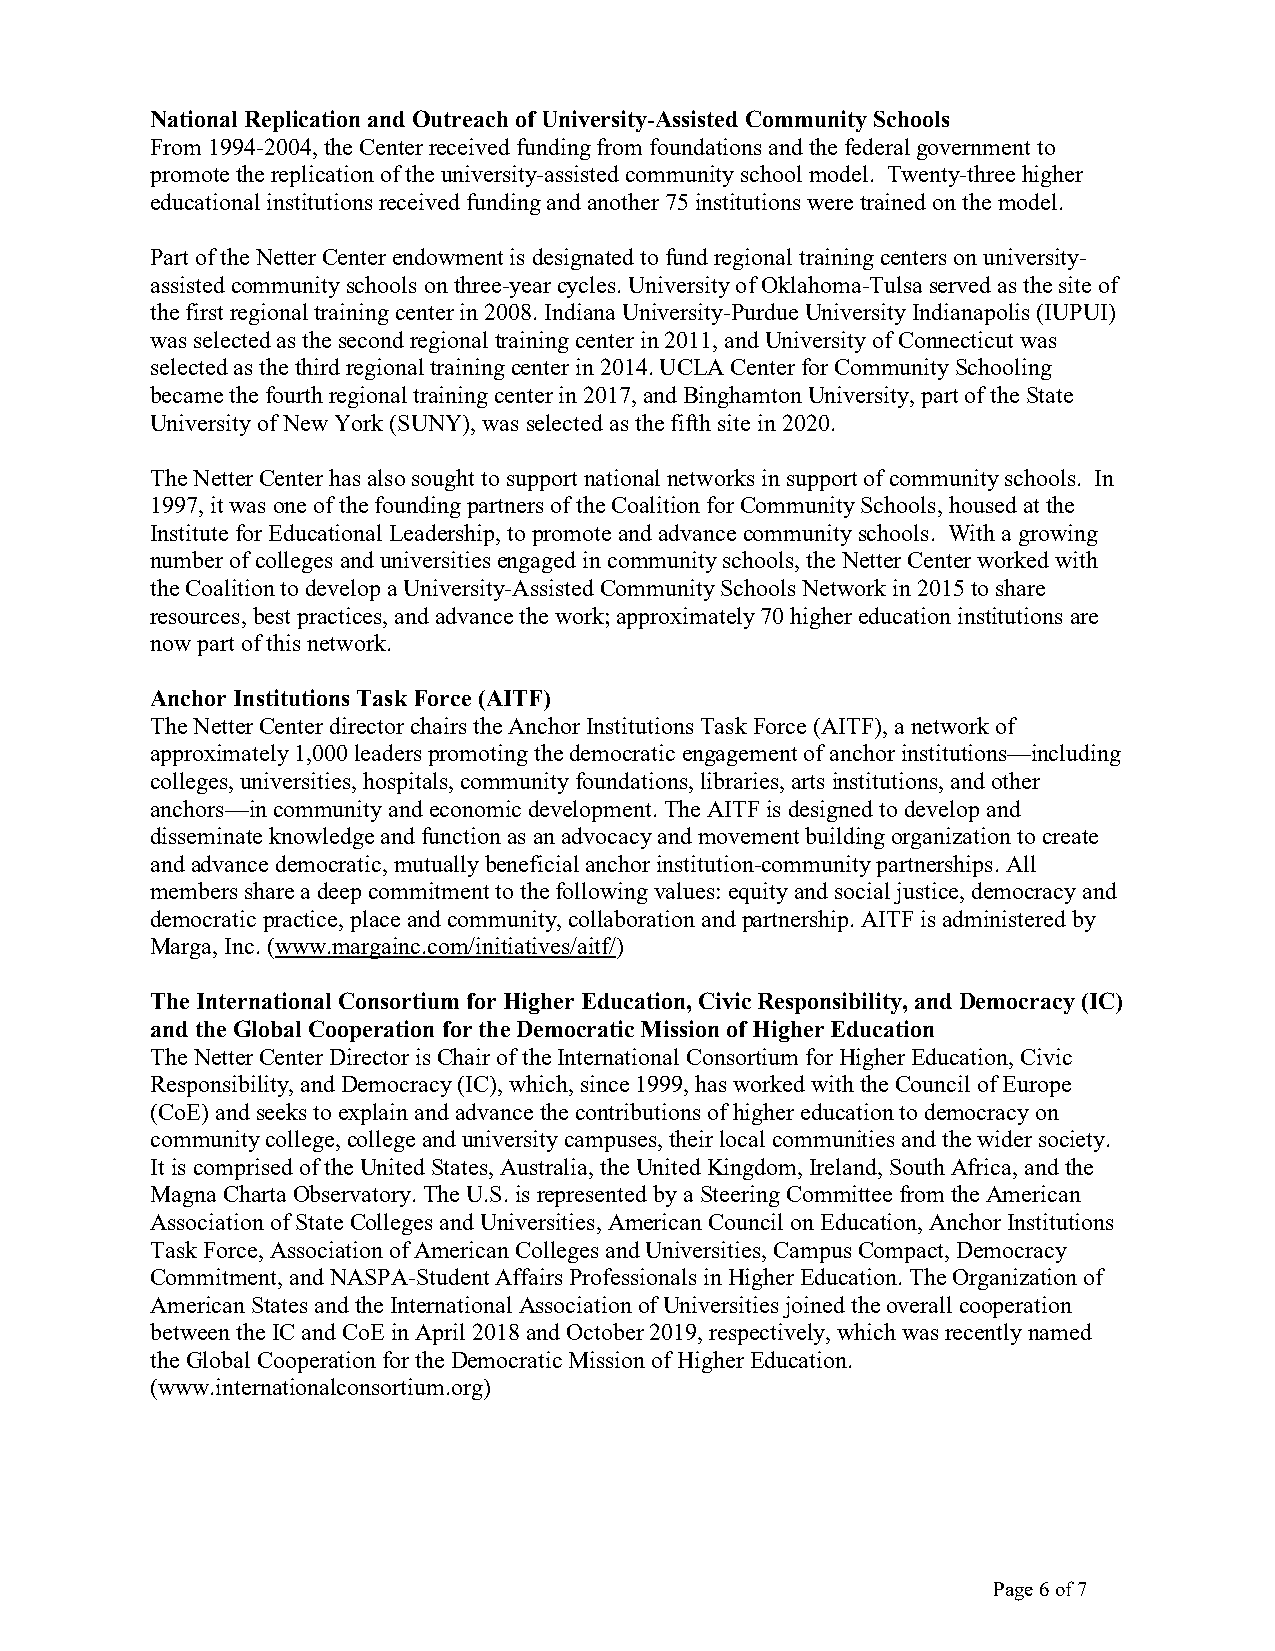
National Replication and Outreach of University-Assisted Community Schools
 From 1994-2004, the Center received funding from foundations and the federal government to
 promote the replication of the university-assisted community school model. Twenty-three higher
 educational institutions received funding and another 75 institutions were trained on the model.
 Part of the Netter Center endowment is designated to fund regional training centers on university-
 assisted community schools on three-year cycles. University of Oklahoma-Tulsa served as the site of
 the first regional training center in 2008. Indiana University-Purdue University Indianapolis (IUPUI)
 was selected as the second regional training center in 2011, and University of Connecticut was
 selected as the third regional training center in 2014. UCLA Center for Community Schooling
 became the fourth regional training center in 2017, and Binghamton University, part of the State
 University of New York (SUNY), was selected as the fifth site in 2020.
 The Netter Center has also sought to support national networks in support of community schools. In
 1997, it was one of the founding partners of the Coalition for Community Schools, housed at the
 Institute for Educational Leadership, to promote and advance community schools. With a growing
 number of colleges and universities engaged in community schools, the Netter Center worked with
 the Coalition to develop a University-Assisted Community Schools Network in 2015 to share
 resources, best practices, and advance the work; approximately 70 higher education institutions are
 now part of this network.
 Anchor Institutions Task Force (AITF)
 The Netter Center director chairs the Anchor Institutions Task Force (AITF), a network of
 approximately 1,000 leaders promoting the democratic engagement of anchor institutions—including
 colleges, universities, hospitals, community foundations, libraries, arts institutions, and other
 anchors—in community and economic development. The AITF is designed to develop and
 disseminate knowledge and function as an advocacy and movement building organization to create
 and advance democratic, mutually beneficial anchor institution-community partnerships. All
 members share a deep commitment to the following values: equity and social justice, democracy and
 democratic practice, place and community, collaboration and partnership. AITF is administered by
 Marga, Inc. (www.margainc.com/initiatives/aitf/)
 The International Consortium for Higher Education, Civic Responsibility, and Democracy (IC)
 and the Global Cooperation for the Democratic Mission of Higher Education
 The Netter Center Director is Chair of the International Consortium for Higher Education, Civic
 Responsibility, and Democracy (IC), which, since 1999, has worked with the Council of Europe
 (CoE) and seeks to explain and advance the contributions of higher education to democracy on
 community college, college and university campuses, their local communities and the wider society.
 It is comprised of the United States, Australia, the United Kingdom, Ireland, South Africa, and the
 Magna Charta Observatory. The U.S. is represented by a Steering Committee from the American
 Association of State Colleges and Universities, American Council on Education, Anchor Institutions
 Task Force, Association of American Colleges and Universities, Campus Compact, Democracy
 Commitment, and NASPA-Student Affairs Professionals in Higher Education. The Organization of
 American States and the International Association of Universities joined the overall cooperation
 between the IC and CoE in April 2018 and October 2019, respectively, which was recently named
 the Global Cooperation for the Democratic Mission of Higher Education.
 (www.internationalconsortium.org)
 Page 6 of 7